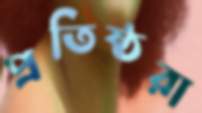
প্রতিষ্ঠরা